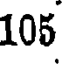
105